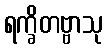
ရက္ခိတဗ္ဗာသု